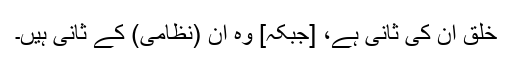
خَلق اُن کی ثانی ہے، [جبکہ] وہ اُن (نظامی) کے ثانی ہیں۔